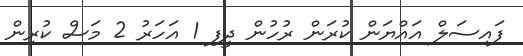
ފައިސަލް އައްޔަން ކުރަން ރުހުން ދީފި 1 އަހަރު 2 މަސް ކުރިން